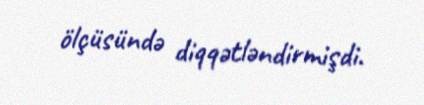
ölçüsündə diqqətləndirmişdi.